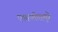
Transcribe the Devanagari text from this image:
एक्सप्लोररमुळे